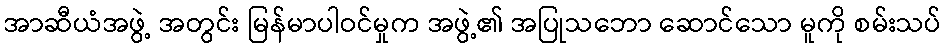
အာဆီယံအဖွဲ့ အတွင်း မြန်မာပါဝင်မှုက အဖွဲ့၏ အပြုသဘော ဆောင်သော မူကို စမ်းသပ်